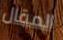
المقال